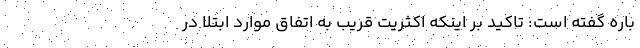
باره گفته است: تاکید بر اینکه اکثریت قریب به اتفاق موارد ابتلا در